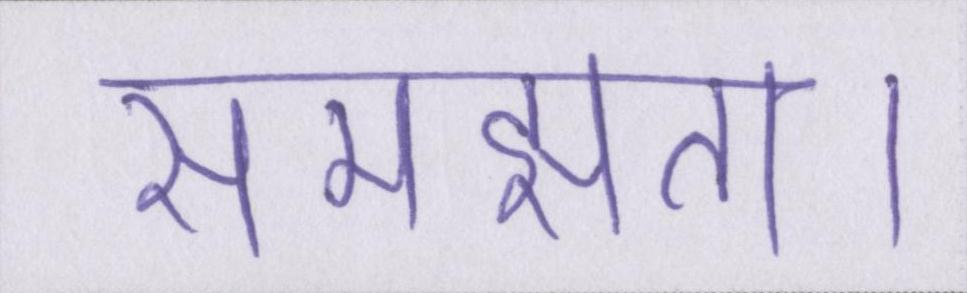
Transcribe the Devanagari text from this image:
समझता।